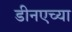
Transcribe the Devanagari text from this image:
डीनएच्या